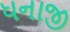
ધનાજી